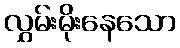
လွှမ်းမိုးနေသော